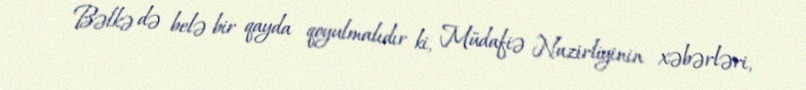
Bəlkə də belə bir qayda qoyulmalıdır ki, Müdafiə Nazirliyinin xəbərləri,